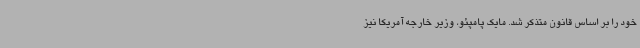
خود را بر اساس قانون متذکر شد. مایک پامپئو، وزیر خارجه آمریکا نیز